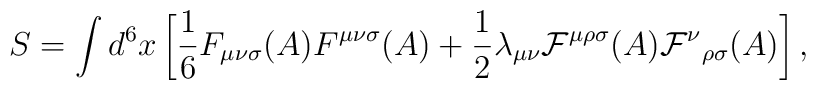
S=\int d^{6}x\left[{\frac 1 6}F_{{\mu}{\nu}{\sigma}}(A)F^{{\mu}{\nu}{\sigma}}(A)+{\frac 1 2}{\lambda}_{{\mu}{\nu}}{\cal F}^{{\mu}{\rho}{\sigma}}(A){{\cal F}^{\nu}}_{{\rho}{\sigma}}(A)\right],